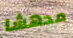
مدهشا